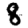
Digit: 8